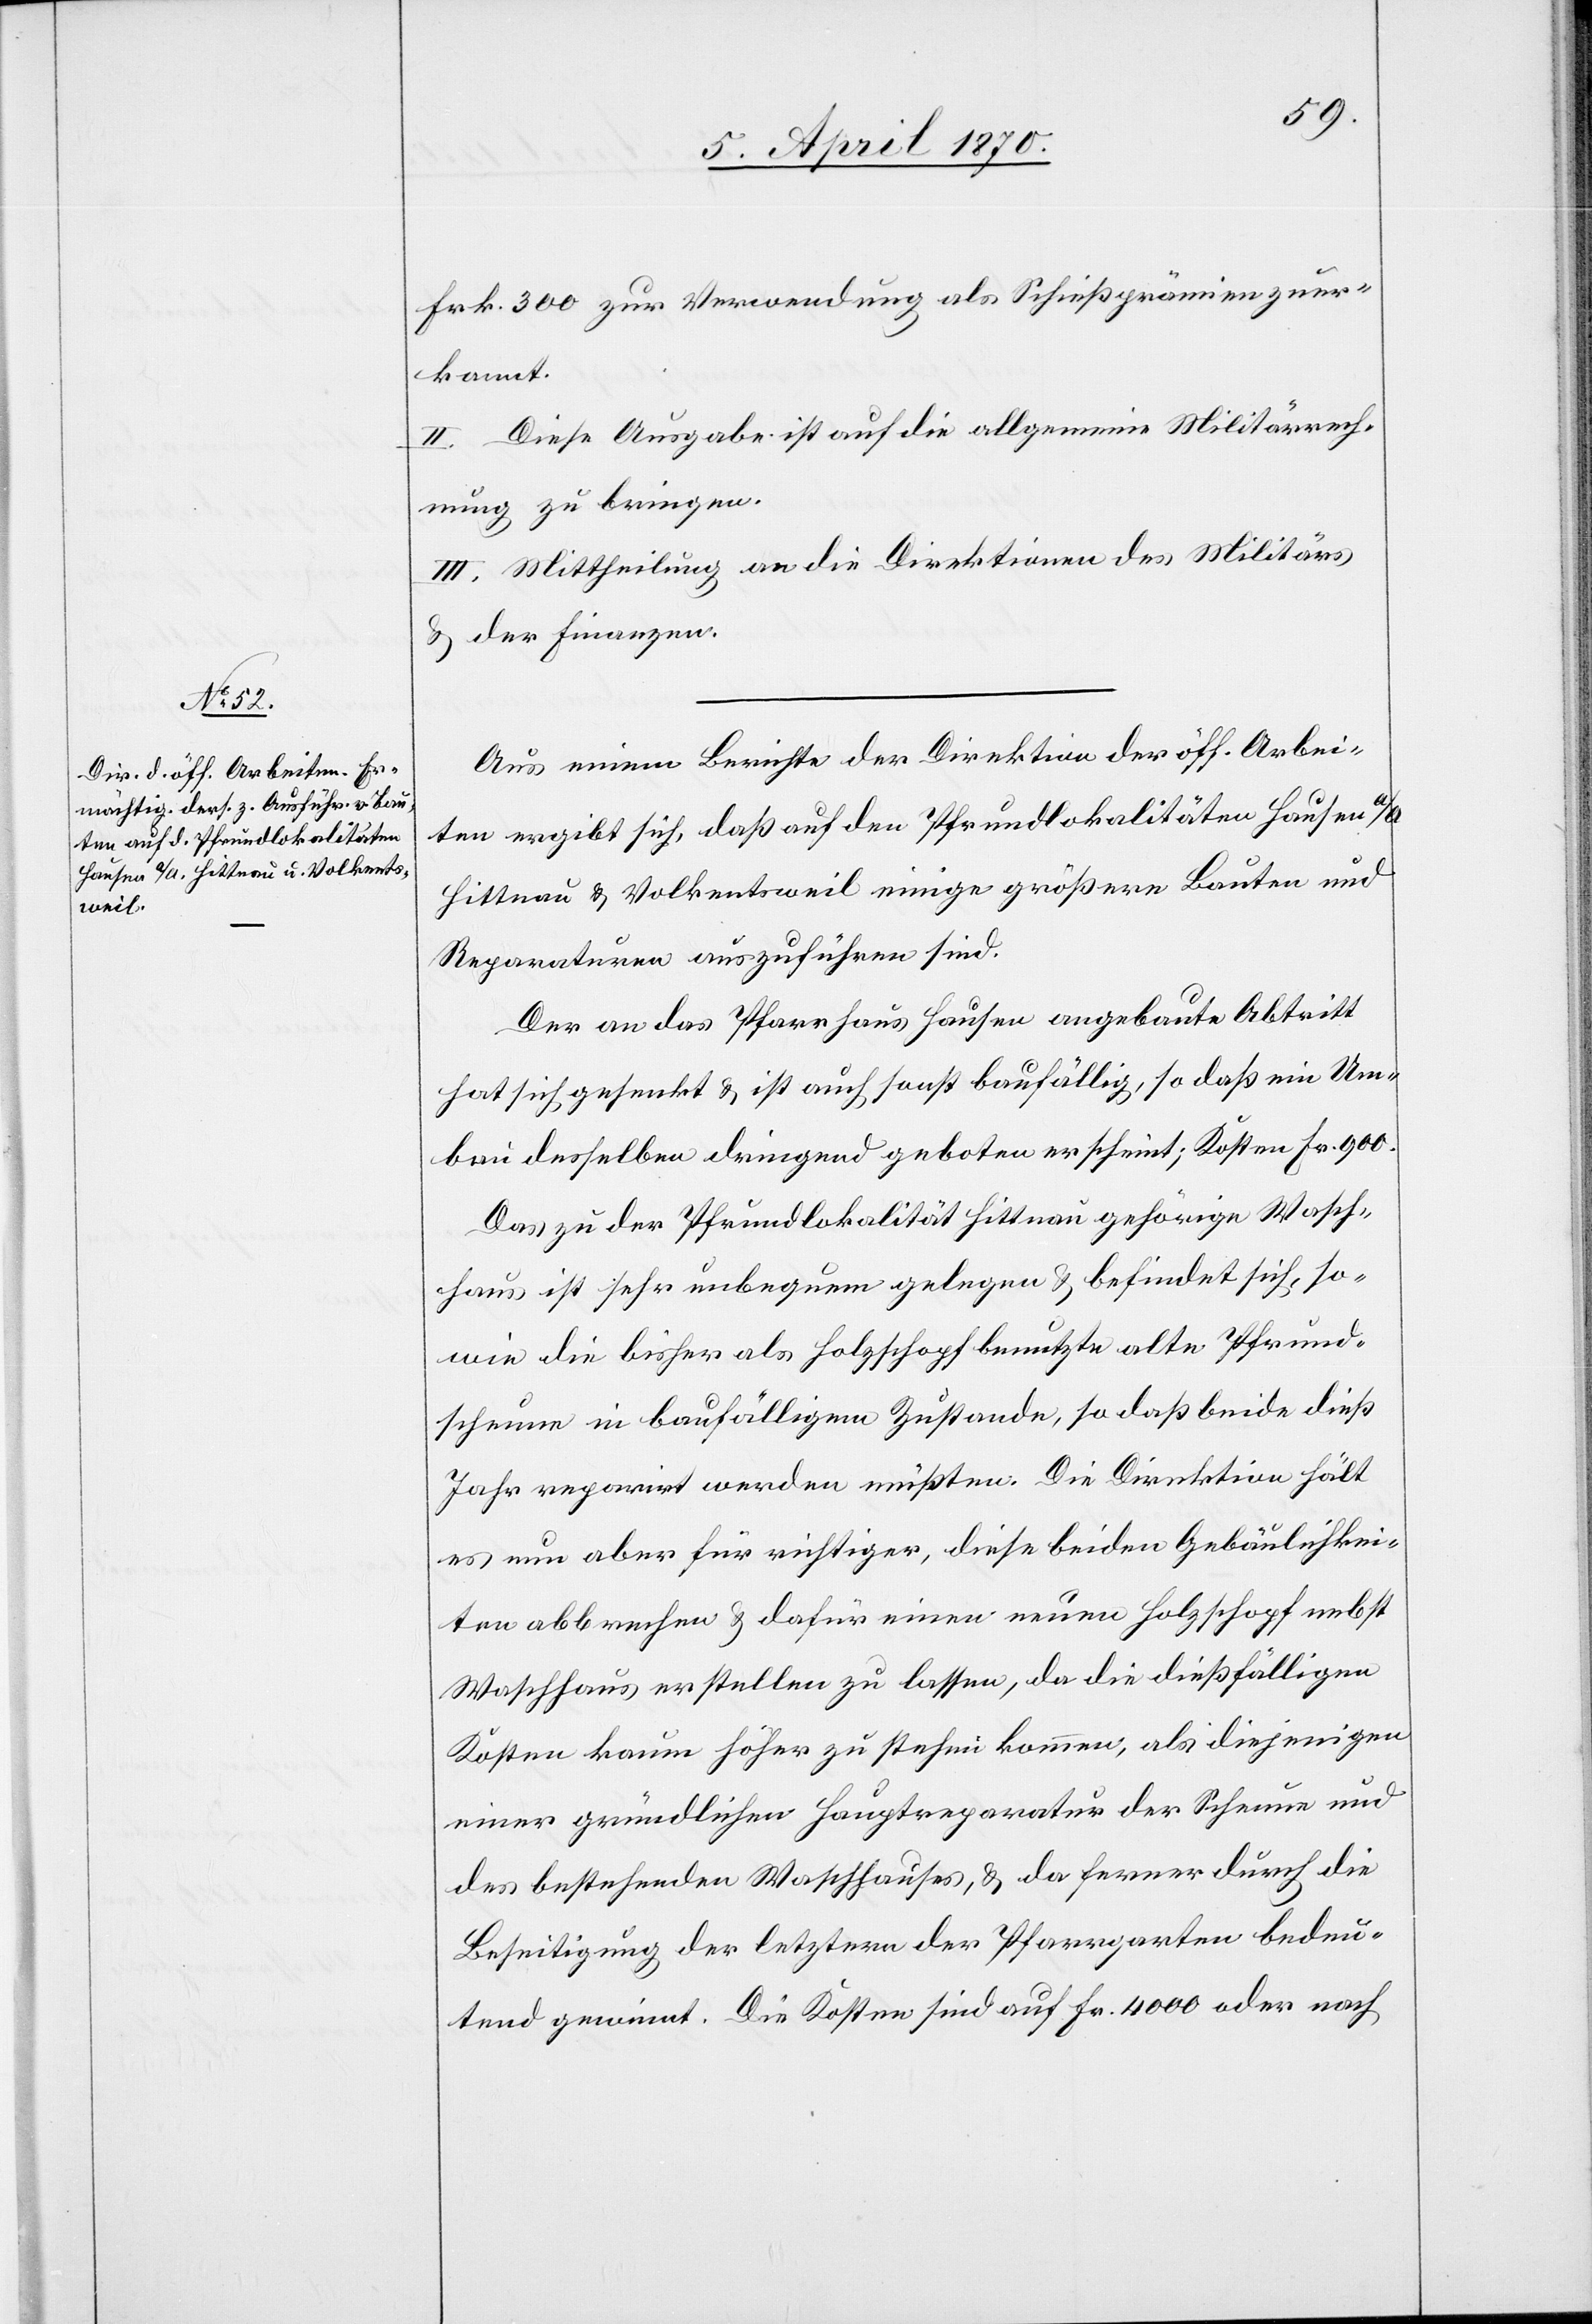
Frk. 300 zur Verwendung als Schießprämien zuer¬
kannt.
II. Diese Ausgabe ist auf die allgemeine Militärrech¬
nung zu bringen.
III. Mittheilung an die Direktionen des Militärs
& der Finanzen.
Aus einem Berichte der Direktion der öff. Arbei¬
ten ergibt sich, daß auf den Pfrundlokalitäten Hausen a/A.[,]
Hittnau & Volkentsweil einige größere Bauten und
Reparaturen auszuführen sind.
Der an das Pfarrhaus Hausen angebaute Abtritt
hat sich gesenkt & ist auch sonst baufällig, so daß ein Um¬
bau desselben dringend geboten erscheint. Kosten Fr. 900.
Das zu der Pfrundlokalität Hittnau gehörige Wasch¬
hause ist sehr unbequem gelegen & befindet sich, so¬
wie die bisher als Holzschopf benutze alte Pfrund¬
scheune in baufälligem Zustande, so daß beide dieß
Jahr reparirt werden müßten. Die Direktion hält
es nun aber für richtiger, diese beiden Gebäulichkei¬
ten abbrechen & dafür einen neuen Holzschopf nebst
Waschhaus erstellen zu lassen, da die dießfälligen
Kosten kaum höher zu stehen kommen, als diejenigen
einer gründlichen Hauptreparatur der Scheune und
des bestehenden Waschhauses, & da ferner durch die
Beseitigung der letztern der Pfarrgarten bedeu¬
tend gewinnt. Die Kosten sind auf Fr. 4000 oder nach